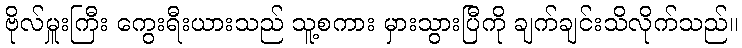
ဗိုလ်မှူးကြီး ကွေးရီးယားသည် သူ့စကား မှားသွားပြီကို ချက်ချင်းသိလိုက်သည်။